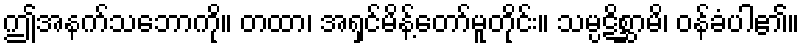
ဤအနက်သဘောကို။ တထာ၊ အရှင်မိန့်တော်မူတိုင်း။ သမ္ပဋိစ္ဆာမိ၊ ဝန်ခံပါ၏။